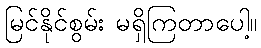
မြင်နိုင်စွမ်း မရှိကြတာပေါ့။